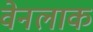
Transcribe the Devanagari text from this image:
वेनलाक